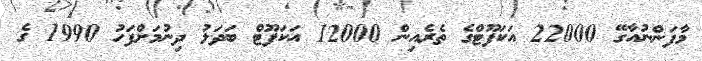
މާފަންނުއާގޭ 22000 އަކަފޫޓްގެ ތެރެއިން 12000 އަކަފޫޓް ބަދަލު ދިނުމަށްފަހު 1990 ގެ